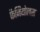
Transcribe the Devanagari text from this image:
फैजियोलस